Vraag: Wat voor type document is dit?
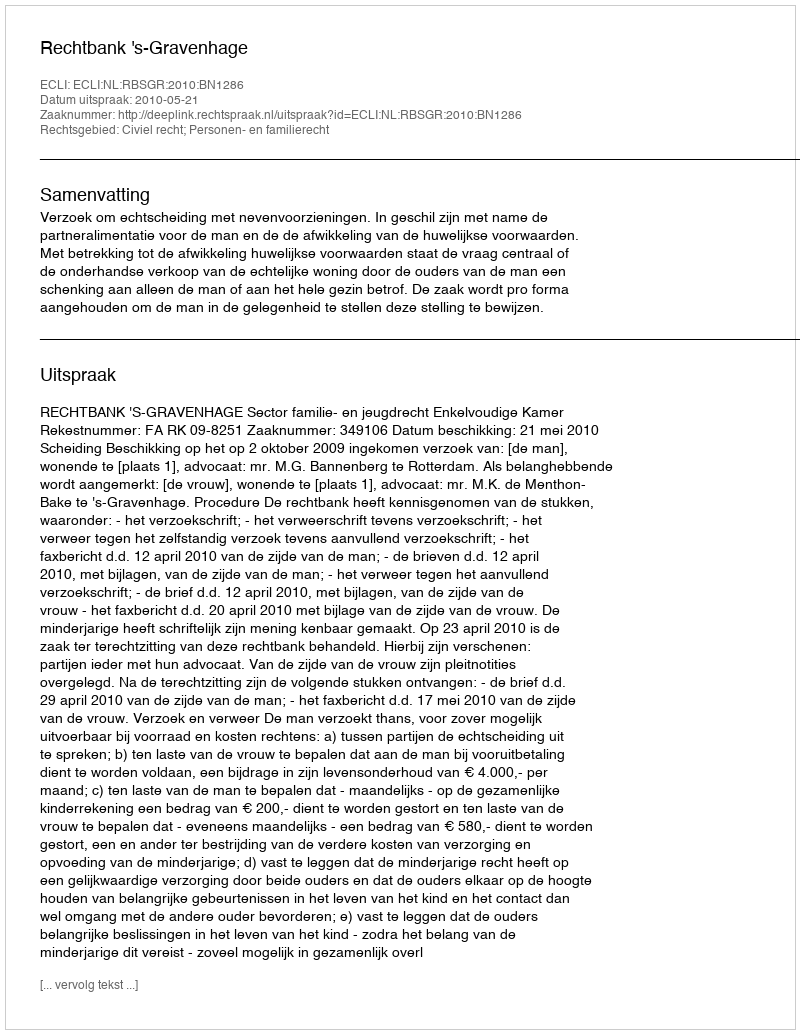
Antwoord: Uitspraak